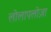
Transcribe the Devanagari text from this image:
लोलापलोज़ा